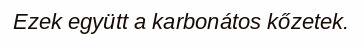
Ezek együtt a karbonátos kőzetek.